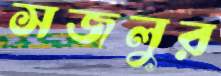
সজলুর